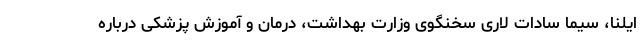
ایلنا، سیما سادات لاری سخنگوی وزارت بهداشت، درمان و آموزش پزشکی درباره